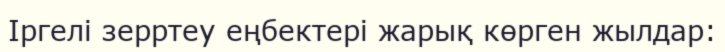
Іргелі зерртеу еңбектері жарық көрген жылдар: